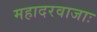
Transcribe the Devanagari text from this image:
महादरवाजाः